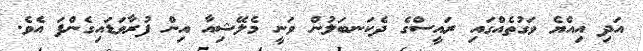
އަދި އިއްޔެ ވަގުތެއްގައި ރައީސްގެ ދެކަނބަލުން ވަނީ މެލޭޝިއާ އިން ފުރާވަޑައިގެންފަ އެވެ.